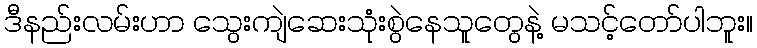
ဒီနည်းလမ်းဟာ သွေးကျဲဆေးသုံးစွဲနေသူတွေနဲ့ မသင့်တော်ပါဘူး။